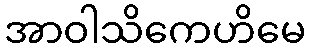
အာဝါသိကေဟိမေ